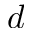
d